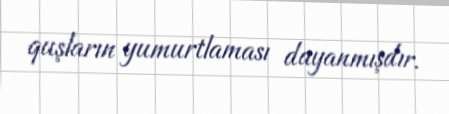
quşların yumurtlaması dayanmışdır.